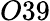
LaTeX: O39